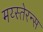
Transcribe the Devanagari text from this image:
मय्स्तेरन्स